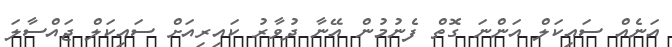
އަނެއް ސައިކަލް އަންނަ ގޮތް ފެނުމުން އޭނާ ދުވާރު ކައިރިއަށް ސައިކަލް ޖައްސާލަ